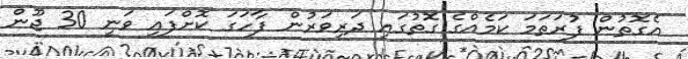
އެގޮތުން ފުރަތަމަ ކަމެއްގެ ގޮތުގައި ދަރިވަރުން ފާހަގަ ކޮށްފައި ވަނީ 30 ޖޫން